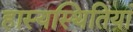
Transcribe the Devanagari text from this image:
हास्यस्थितियां